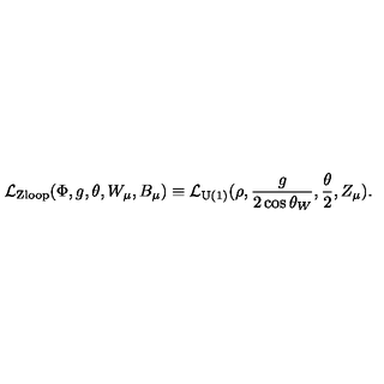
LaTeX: { \cal L } _ { \mathrm { Z l o o p } } ( \Phi , g , \theta , W _ { \mu } , B _ { \mu } ) \equiv { \cal L } _ { \mathrm { U ( 1 ) } } ( \rho , \frac { g } { 2 \cos \theta _ { W } } , \frac { \theta } { 2 } , Z _ { \mu } ) .